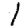
Digit: 1